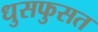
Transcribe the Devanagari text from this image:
धुसफुसत